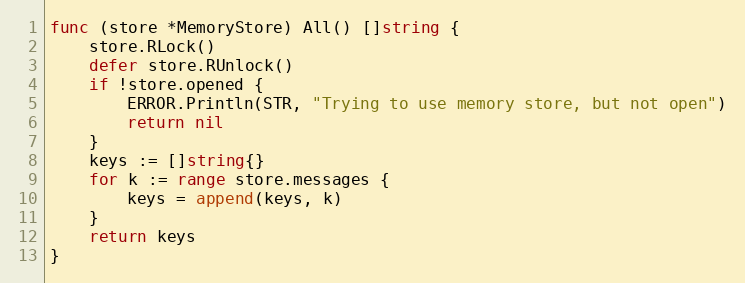
Language: Go
func (store *MemoryStore) All() []string {
	store.RLock()
	defer store.RUnlock()
	if !store.opened {
		ERROR.Println(STR, "Trying to use memory store, but not open")
		return nil
	}
	keys := []string{}
	for k := range store.messages {
		keys = append(keys, k)
	}
	return keys
}